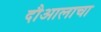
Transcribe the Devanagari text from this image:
दौआलाचा